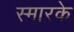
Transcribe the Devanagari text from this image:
स्‍मारके